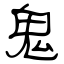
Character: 鬼